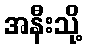
အနီးသို့